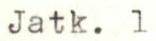
Jatk. 1